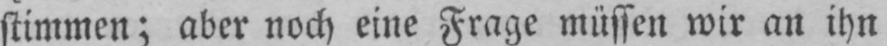
stimmen; aber noch eine Frage müssen wir an ihn